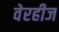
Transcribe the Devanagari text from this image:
वेरहीज